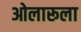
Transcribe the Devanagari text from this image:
ओलारूला